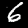
Digit: 6